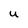
Character: U